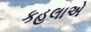
કહલાએ